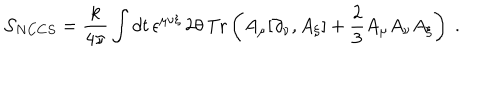
LaTeX: { \cal S } _ { N C C S } = \frac { k } { 4 \pi } \int d t \, \epsilon ^ { \mu \nu \xi } \, 2 \theta \, \mathrm { T r } \left( A _ { \mu } [ \partial _ { \nu } , A _ { \xi } ] + \frac { 2 } { 3 } A _ { \mu } A _ { \nu } A _ { \xi } \right) ~ .